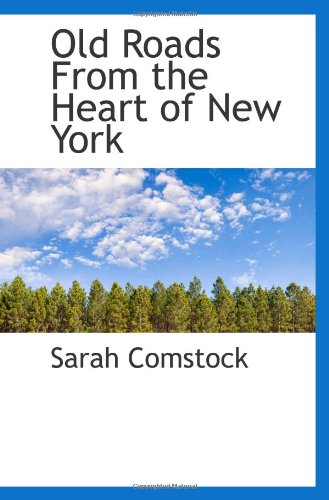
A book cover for Old Roads From the Heart of New York; Sarah Comstock; Travel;